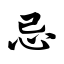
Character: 忌